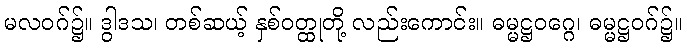
မလဝဂ်၌။ ဒွါဒသ၊ တစ်ဆယ့် နှစ်ဝတ္ထုတို့ လည်းကောင်း။ ဓမ္မဋ္ဌဝဂ္ဂေ၊ ဓမ္မဋ္ဌဝဂ်၌။